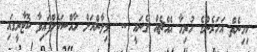
ކިހިނެތް އަހަރެންގެ ހުރިހާ އެއްޗެއް ގެނައީ ..  މިލާންއަށް ހާއްސަކޮށްފައިވާ ކޮޓާރީގައި